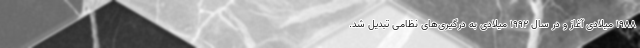
۱۹۸۸ میلادی آغاز و در سال ۱۹۹۲ میلادی به درگیری‌های نظامی تبدیل شد.